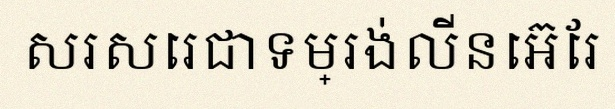
សរសេរជាទម្រង់លីនេអ៊ែរ